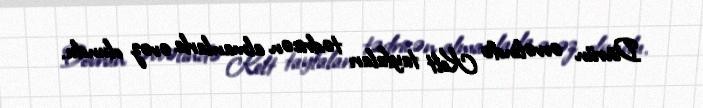
Dövrün əvvəlində Kelt tayfaları tədricən almanlarla əvəz olundu.